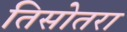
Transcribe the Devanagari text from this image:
तिसोतरा